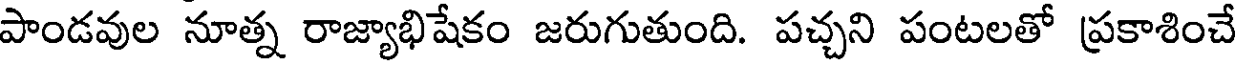
పాండవుల నూత్న రాజ్యాభిషేకం జరుగుతుంది. పచ్చని పంటలతో ప్రకాశించే